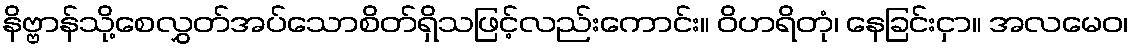
နိဗ္ဗာန်သို့စေလွှတ်အပ်သောစိတ်ရှိသဖြင့်လည်းကောင်း။ ဝိဟရိတုံ၊ နေခြင်းငှာ။ အလမေဝ၊